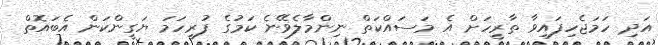
އަދި ހަމަޖެހިފައިވާ ތާރީހަށް އެ މަސައްކަތް ނިންމާލެވޭނެ ކަމުގެ ފުރިހަމަ ޔަގީންކަން އެބައޮތް